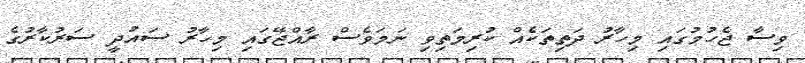
ވިސާ ޖެހުމުގައި މިހާރު ދަތިތަކެއް ކުރިމަތިވި ނަމަވެސް ރާއްޖޭގައި މިހާރު ސައުދީ ސަރުކާރުގެ